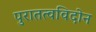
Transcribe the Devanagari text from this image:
पुरातत्वविदोन